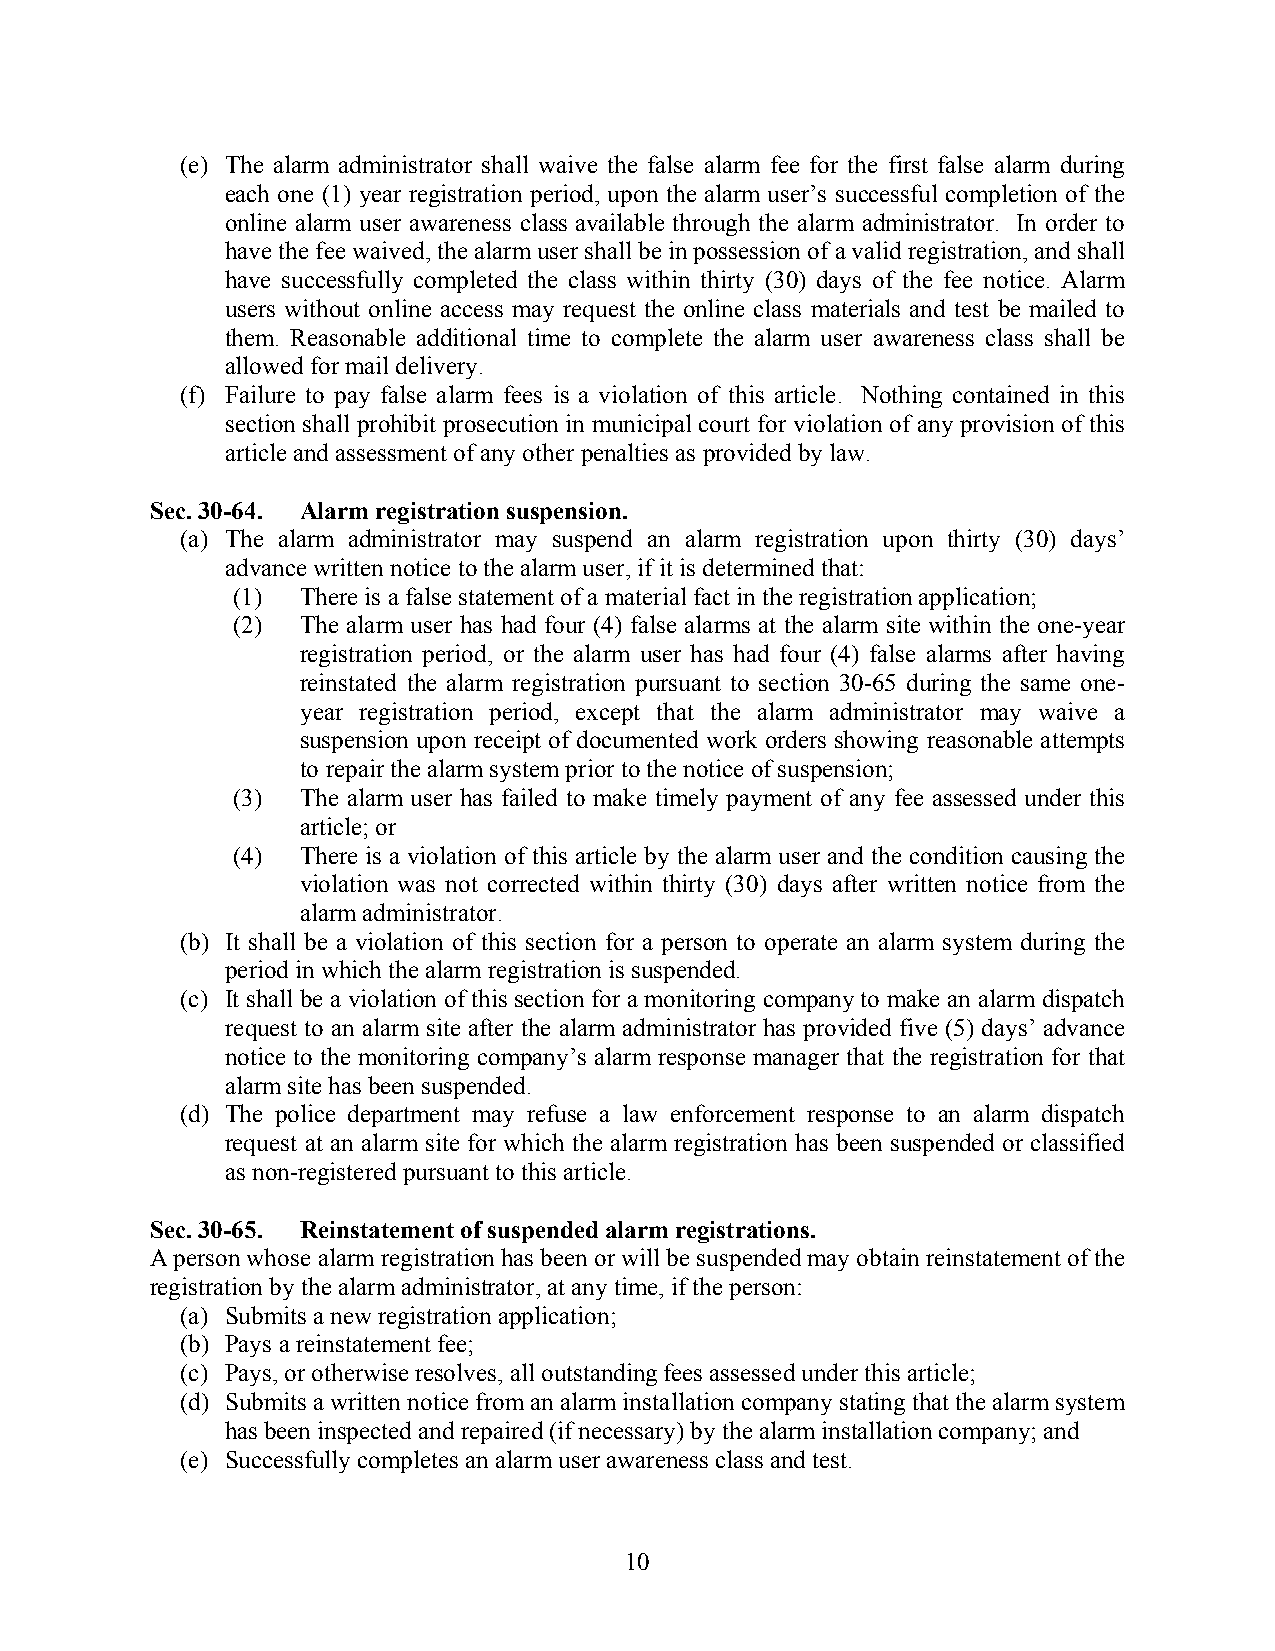
(e) The alarm administrator shall waive the false alarm fee for the first false alarm during
 each one (1) year registration period, upon the alarm user’s successful completion of the
 online alarm user awareness class available through the alarm administrator. In order to
 have the fee waived, the alarm user shall be in possession of a valid registration, and shall
 have successfully completed the class within thirty (30) days of the fee notice. Alarm
 users without online access may request the online class materials and test be mailed to
 them. Reasonable additional time to complete the alarm user awareness class shall be
 allowed for mail delivery.
 (f) Failure to pay false alarm fees is a violation of this article. Nothing contained in this
 section shall prohibit prosecution in municipal court for violation of any provision of this
 article and assessment of any other penalties as provided by law.
 Sec. 30-64. Alarm registration suspension.
 (a) The alarm administrator may suspend an alarm registration upon thirty (30) days’
 advance written notice to the alarm user, if it is determined that:
 (1)  There is a false statement of a material fact in the registration application;
 (2)  The alarm user has had four (4) false alarms at the alarm site within the one-year
 registration period, or the alarm user has had four (4) false alarms after having
 reinstated the alarm registration pursuant to section 30-65 during the same one-
 year registration period, except that the alarm administrator may waive a
 suspension upon receipt of documented work orders showing reasonable attempts
 to repair the alarm system prior to the notice of suspension;
 (3)  The alarm user has failed to make timely payment of any fee assessed under this
 article; or
 (4)  There is a violation of this article by the alarm user and the condition causing the
 violation was not corrected within thirty (30) days after written notice from the
 alarm administrator.
 (b) It shall be a violation of this section for a person to operate an alarm system during the
 period in which the alarm registration is suspended.
 (c) It shall be a violation of this section for a monitoring company to make an alarm dispatch
 request to an alarm site after the alarm administrator has provided five (5) days’ advance
 notice to the monitoring company’s alarm response manager that the registration for that
 alarm site has been suspended.
 (d) The police department may refuse a law enforcement response to an alarm dispatch
 request at an alarm site for which the alarm registration has been suspended or classified
 as non-registered pursuant to this article.
 Sec. 30-65. Reinstatement of suspended alarm registrations.
 A person whose alarm registration has been or will be suspended may obtain reinstatement of the
 registration by the alarm administrator, at any time, if the person:
 (a) Submits a new registration application;
 (b) Pays a reinstatement fee;
 (c) Pays, or otherwise resolves, all outstanding fees assessed under this article;
 (d) Submits a written notice from an alarm installation company stating that the alarm system
 has been inspected and repaired (if necessary) by the alarm installation company; and
 (e) Successfully completes an alarm user awareness class and test.
 10